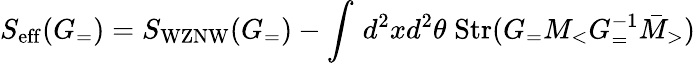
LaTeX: S_{\mathrm{eff}}(G_{=})=S_{\mathrm{WZNW}}(G_{=})-\int\, d^{2}xd^{2}\theta\; \mathrm{Str}(G_{=}M_{<}G_{=}^{-1}\bar{M}_{>})